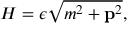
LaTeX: H = \epsilon \sqrt { m ^ { 2 } + { \bf p } ^ { 2 } } ,